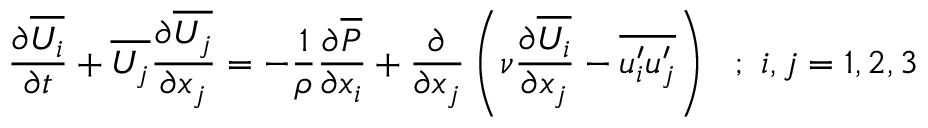
{ \frac { \partial \overline { { U _ { i } } } } { \partial t } } + \overline { { U _ { j } } } { \frac { \partial \overline { { U _ { j } } } } { \partial x _ { j } } } = - { \frac { 1 } { \rho } } { \frac { \partial \overline { { P } } } { \partial x _ { i } } } + { \frac { \partial } { \partial x _ { j } } } \left( \nu { \frac { \partial \overline { { U _ { i } } } } { \partial x _ { j } } } - \overline { { u _ { i } ^ { \prime } u _ { j } ^ { \prime } } } \right) ~ ~ ; ~ i , j = 1 , 2 , 3